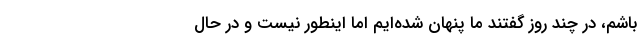
باشم، در چند روز گفتند ما پنهان شده‌ایم اما اینطور نیست و در حال